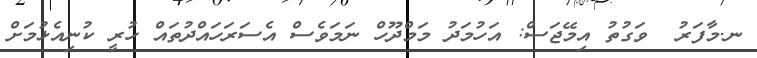
ނ.މާފަރު  ވަގުތު އިމޭޖަސް: އަހުމަދު މަމްދޫހް ނަމަވެސް އެސަރަހައްދުތައް ހުރީ ކުނިއެޅުމަށް